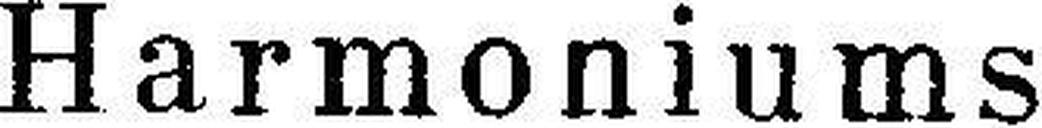
Harmoniums